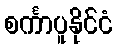
စင်္ကာပူနိုင်ငံ